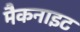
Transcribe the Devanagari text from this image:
मैकनाइट